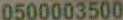
0500003500